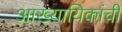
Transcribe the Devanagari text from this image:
आख्यायिकांची